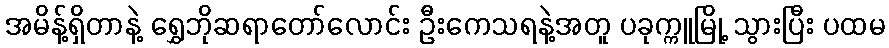
အမိန့်ရှိတာနဲ့ ရွှေဘိုဆရာတော်လောင်း ဦးကေသရနဲ့အတူ ပခုက္ကူမြို့ သွားပြီး ပထမ